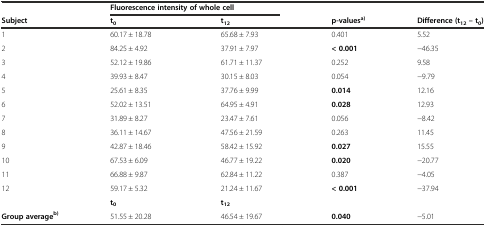
|  | <COLSPAN=2> Fluorescence intensity of whole cell |  |  |
 | Subject | t0 | t12 | p-valuesa) | Difference (t12– t0) |
 | --- | --- | --- | --- | --- |
 | 1 | 60.17 ± 18.78 | 65.68 ± 7.93 | 0.401 | 5.52 |
 | 2 | 84.25 ± 4.92 | 37.91 ± 7.97 | < 0.001 | -46.35 |
 | 3 | 52.12 ± 19.86 | 61.71 ± 11.37 | 0.252 | 9.58 |
 | 4 | 39.93 ± 8.47 | 30.15 ± 8.03 | 0.054 | -9.79 |
 | 5 | 25.61 ± 8.35 | 37.76 ± 9.99 | 0.014 | 12.16 |
 | 6 | 52.02 ± 13.51 | 64.95 ± 4.91 | 0.028 | 12.93 |
 | 7 | 31.89 ± 8.27 | 23.47 ± 7.61 | 0.056 | -8.42 |
 | 8 | 36.11 ± 14.67 | 47.56 ± 21.59 | 0.263 | 11.45 |
 | 9 | 42.87 ± 18.46 | 58.42 ± 15.92 | 0.027 | 15.55 |
 | 10 | 67.53 ± 6.09 | 46.77 ± 19.22 | 0.020 | -20.77 |
 | 11 | 66.88 ± 9.87 | 62.84 ± 11.22 | 0.387 | -4.05 |
 | 12 | 59.17 ± 5.32 | 21.24 ± 11.67 | < 0.001 | -37.94 |
 |  | t0 | t12 |  |  |
 | Group averageb) | 51.55 ± 20.28 | 46.54 ± 19.67 | 0.040 | -5.01 |